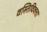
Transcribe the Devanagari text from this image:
वस्तिविक्ता